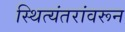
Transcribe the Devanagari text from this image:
स्थित्यंतरांवरून